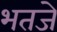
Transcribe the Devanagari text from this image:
भतजे